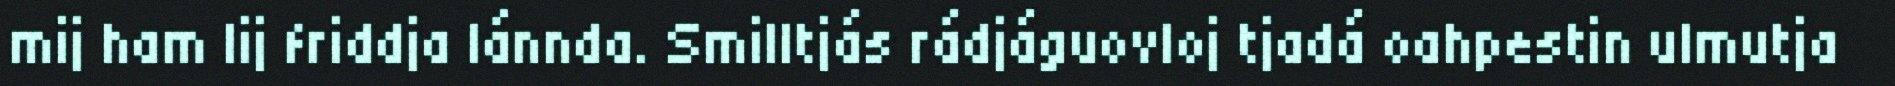
mij ham lij friddja lánnda. Smilltjás rádjáguovloj tjadá oahpestin ulmutja